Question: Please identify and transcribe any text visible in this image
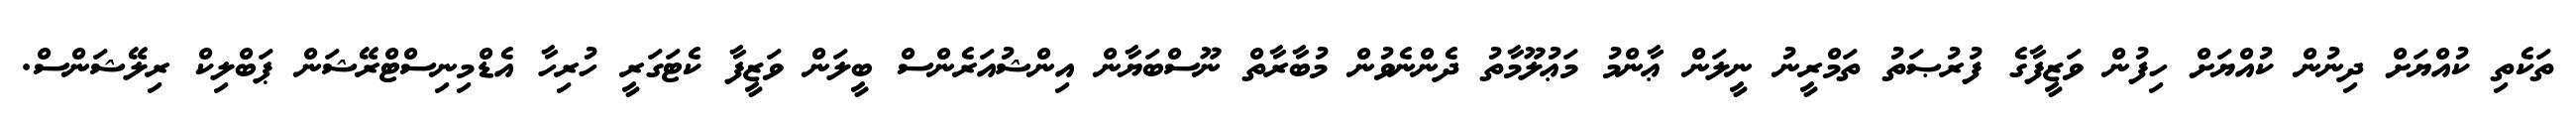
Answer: ތަކެތި ކުއްޔަށް ދިނުން ކުއްޔަށް ހިފުން ވަޒީފާގެ ފުރުޞަތު ތަމްރީނު ނީލަން ޢާންމު މަޢުލޫމާތު ދެންނެވުން މުބާރާތް ނޫސްބަޔާން އިންޝުއަރެންސް ބީލަން ވަޒީފާ ކެޓަގަރީ ހުރިހާ އެޑްމިނިސްޓްރޭޝަން ޕަބްލިކް ރިލޭޝަންސް.